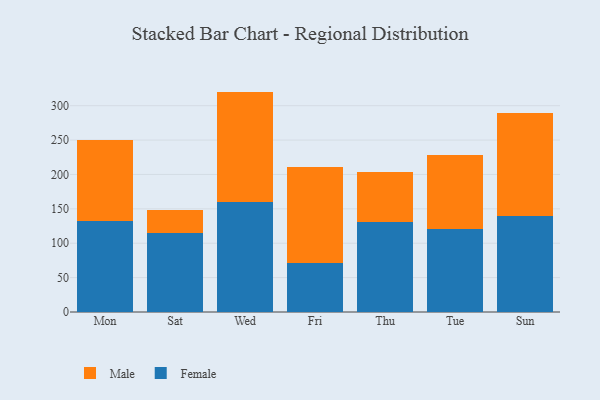
{"axis": {"x": "Day", "y": "Conversion Rate (%)"}, "legend": ["Female", "Male"], "data": [{"x": "Mon", "y": 132.7, "type": "Female"}, {"x": "Mon", "y": 118.1, "type": "Male"}, {"x": "Sat", "y": 114.7, "type": "Female"}, {"x": "Sat", "y": 33.2, "type": "Male"}, {"x": "Wed", "y": 159.7, "type": "Female"}, {"x": "Wed", "y": 160.8, "type": "Male"}, {"x": "Fri", "y": 71.2, "type": "Female"}, {"x": "Fri", "y": 139.8, "type": "Male"}, {"x": "Thu", "y": 130.6, "type": "Female"}, {"x": "Thu", "y": 72.8, "type": "Male"}, {"x": "Tue", "y": 120.6, "type": "Female"}, {"x": "Tue", "y": 108.4, "type": "Male"}, {"x": "Sun", "y": 140.1, "type": "Female"}, {"x": "Sun", "y": 149.0, "type": "Male"}]}